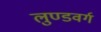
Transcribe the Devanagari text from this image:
लुण्डवर्ग